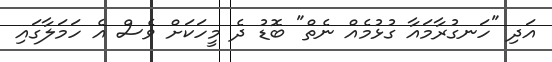
އަދި "ހަނގުރާމައާ ގުޅުމެއް ނެތް" ބޮޑު ދެ މީހަކަށް ވެސް އެ ހަމަލާގައި